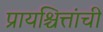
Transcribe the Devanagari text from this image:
प्रायश्चित्तांची